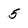
Character: 5